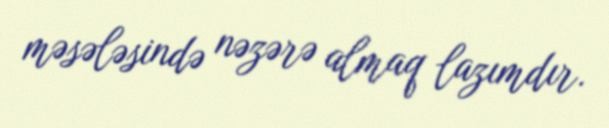
məsələsində nəzərə almaq lazımdır.